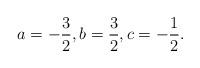
LaTeX: \begin{align*}a = -\frac{3}{2}, b= \frac{3}{2}, c= -\frac{1}{2}. \end{align*}